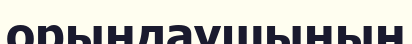
орындаушының